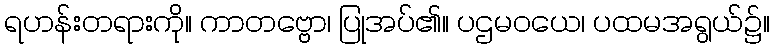
ရဟန်းတရားကို။ ကာတဗ္ဗော၊ ပြုအပ်၏။ ပဌမဝယေ၊ ပထမအရွယ်၌။